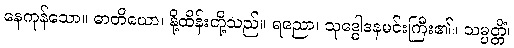
နေကုန်သော။ ဓာတိယော၊ နို့ထိန်းတို့သည်။ ရညော၊ သုဒ္ဓေါဒနမင်းကြီး၏။ သမ္ပတ္တိံ၊